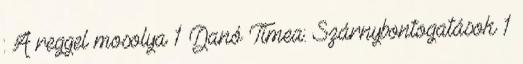
: A reggel mosolya 1 Danó Tímea: Szárnybontogatások 1